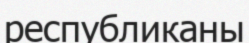
республиканы